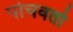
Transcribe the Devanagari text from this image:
पोचवतो